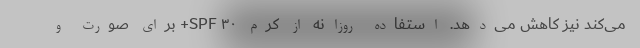
می‌کند نیز کاهش می‌دهد. استفاده روزانه از کرم SPF ۳۰+ برای صورت و